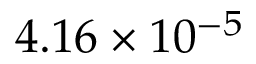
4 . 1 6 \times 1 0 ^ { - 5 }